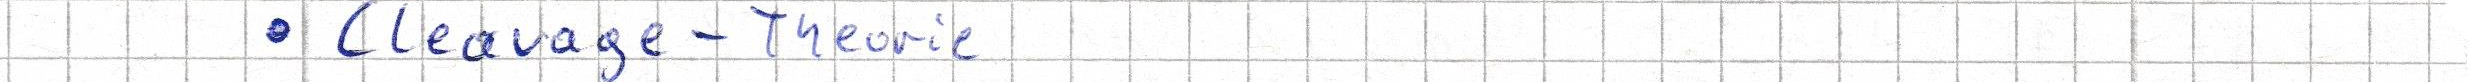
- Cleavage - Theorie